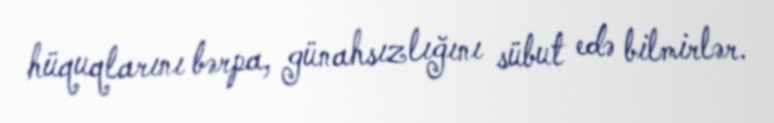
hüquqlarını bərpa, günahsızlığını sübut edə bilmirlər.